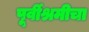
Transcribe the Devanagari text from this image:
पूर्वीश्रमीचा